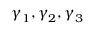
\boldsymbol { \gamma } _ { 1 } , \boldsymbol { \gamma } _ { 2 } , \boldsymbol { \gamma } _ { 3 }